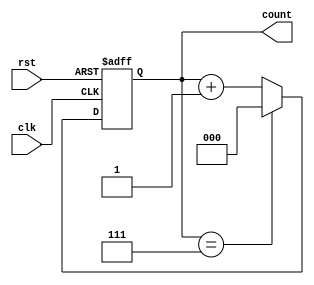
module UpCounter (
    input wire clk,       // Clock signal
    input wire rst,       // Asynchronous reset signal
    output reg [N-1:0] count // Output count value
);
    // Parameter for counter width (N)
    parameter N = 3; // Change this value for different bit widths (e.g., 3 for 0 to 7)

    // Always block to handle state transitions
    always @(posedge clk or posedge rst) begin
        if (rst) begin
            count <= 0; // Reset count to 0
        end else begin
            count <= (count == (2**N - 1)) ? 0 : count + 1; // Increment and wrap around at max
        end
    end
endmodule